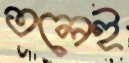
তলেই